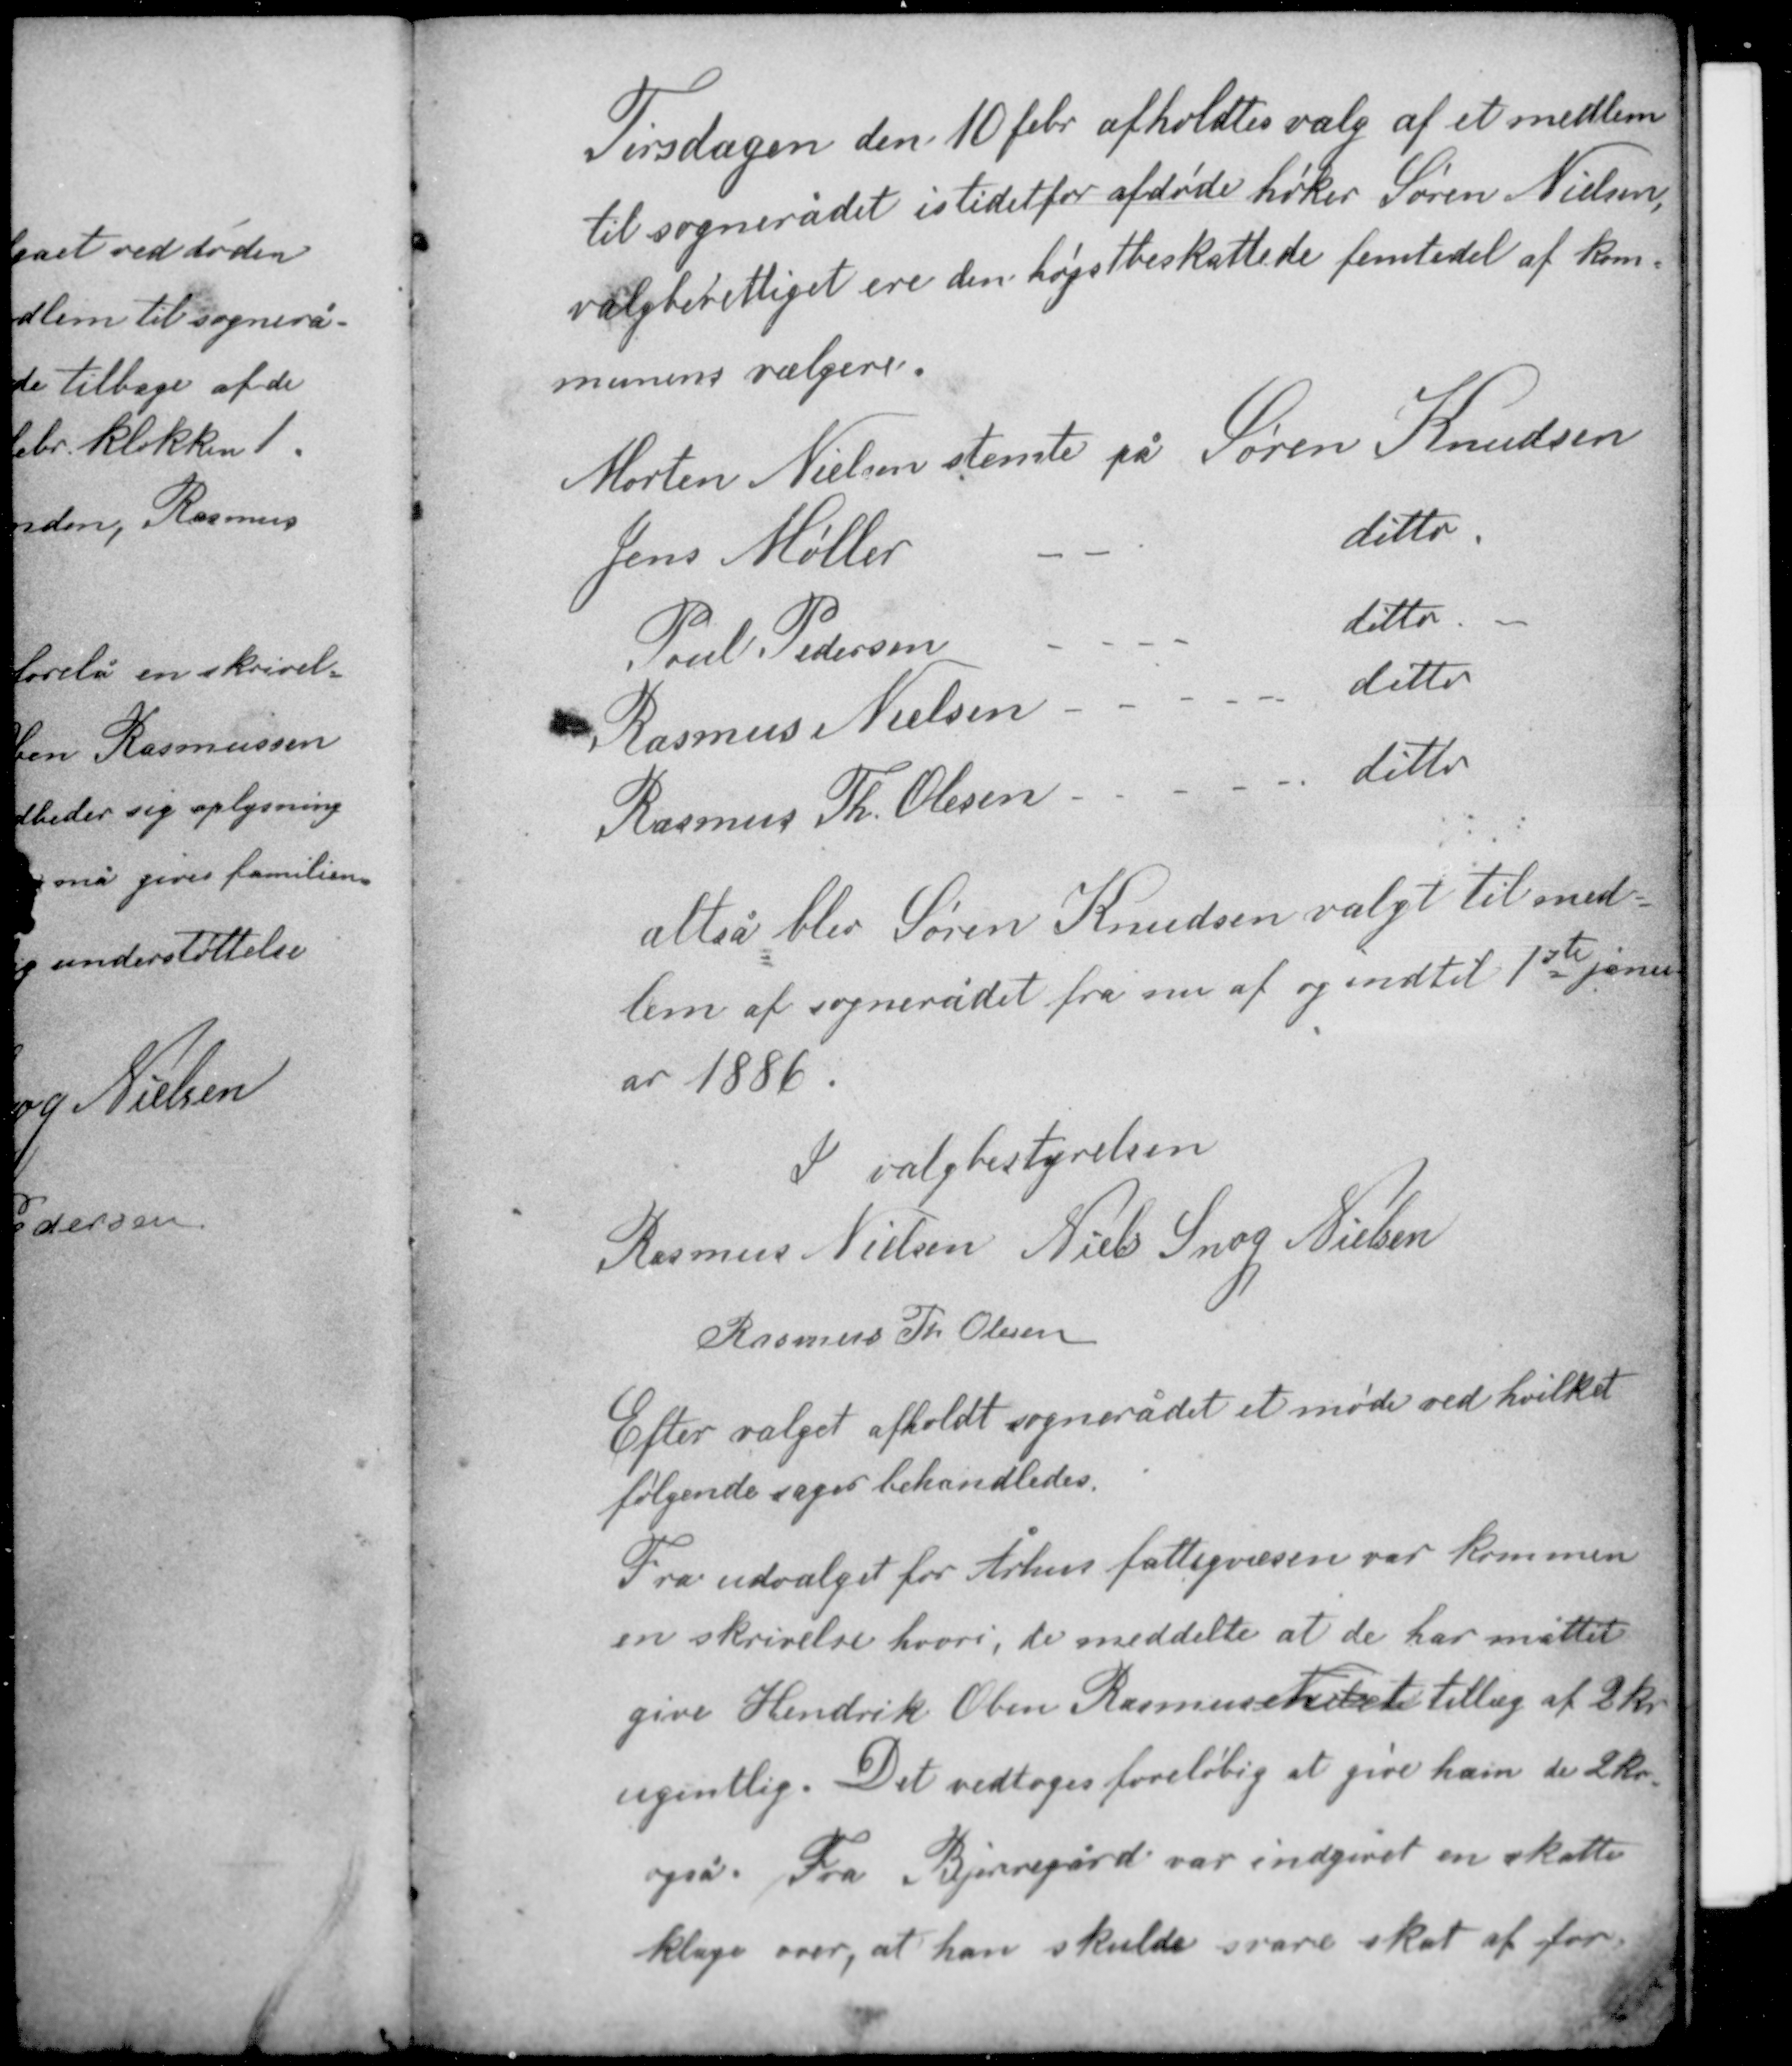
Transskription:
Tirsdagen den 10 febr. afholdtes valg af et medlem
til sognerådet i stedet for afdøde høker Søren Nielsen,
valgberettiget ere den højstbeskattede femtedel af kom-
munens vælgere.

Morten Nielsen stemte på Søren Knudsen
Jens Møller - - ditto
Poul Pedersen - - ditto
Rasmus Nielsen - - ditto
Rasmus Th. Olesen - - ditto

altså blev Søren Knudsen valgt til med-
lem af sognerådet fra nu af og indtil 1ste janu-
ar 1886.

I valgbestyrelsen
Rasmus Nielsen Niels Snog Nielsen
Rasmus Th Olesen

Efter valget afholdt sognerådet et møde ved hvilket
følgende sager behandledes.

Fra udvalget for Århus fattigvæsen var kommen
en skrivelse hvori de meddelte at de har måttet
give Hendrik Oben Rasmussen et tillæg af 2 kr
ugentlig. Det vedtoges foreløbig at give ham de 2 kr
også. Fra Bjerregård var indgivet en skatte-
klage over, at han skulde svare skat af for-